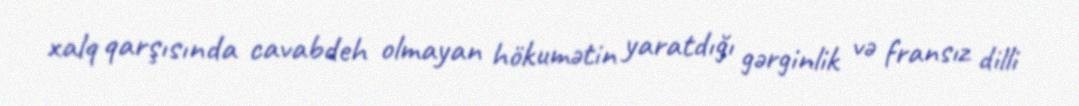
xalq qarşısında cavabdeh olmayan hökumətin yaratdığı gərginlik və fransız dilli